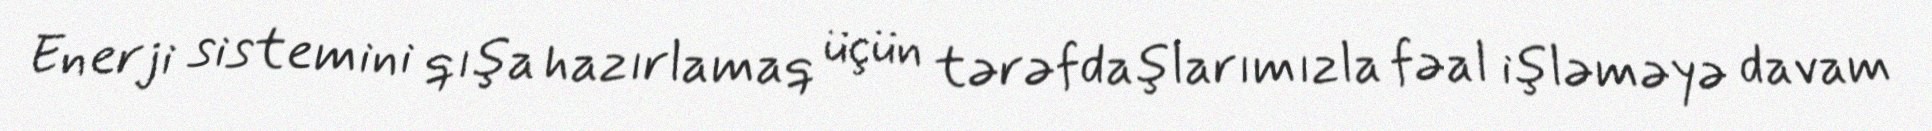
Enerji sistemini qışa hazırlamaq üçün tərəfdaşlarımızla fəal işləməyə davam